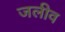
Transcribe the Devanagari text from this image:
जलीव